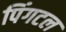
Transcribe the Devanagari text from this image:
पिंगटल